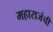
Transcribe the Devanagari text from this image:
महाराजंची